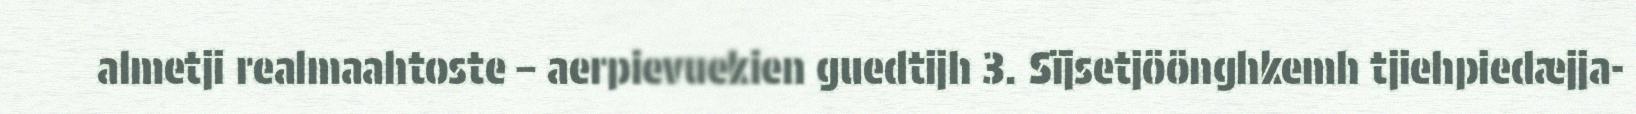
almetji realmaahtoste – aerpievuekien guedtijh 3. Sïjsetjöönghkemh tjiehpiedæjja-